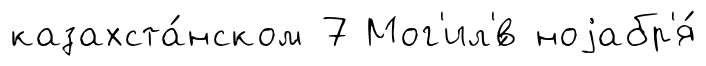
казахста́нском 7 Мог'ил'́в ноjабр'я́